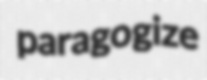
paragogize